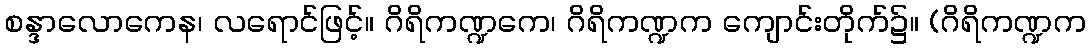
စန္ဒာလောကေန၊ လရောင်ဖြင့်။ ဂိရိကဏ္ဍကေ၊ ဂိရိကဏ္ဍက ကျောင်းတိုက်၌။ (ဂိရိကဏ္ဍက